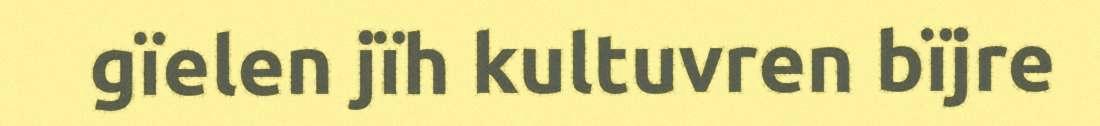
gïelen jïh kultuvren bïjre